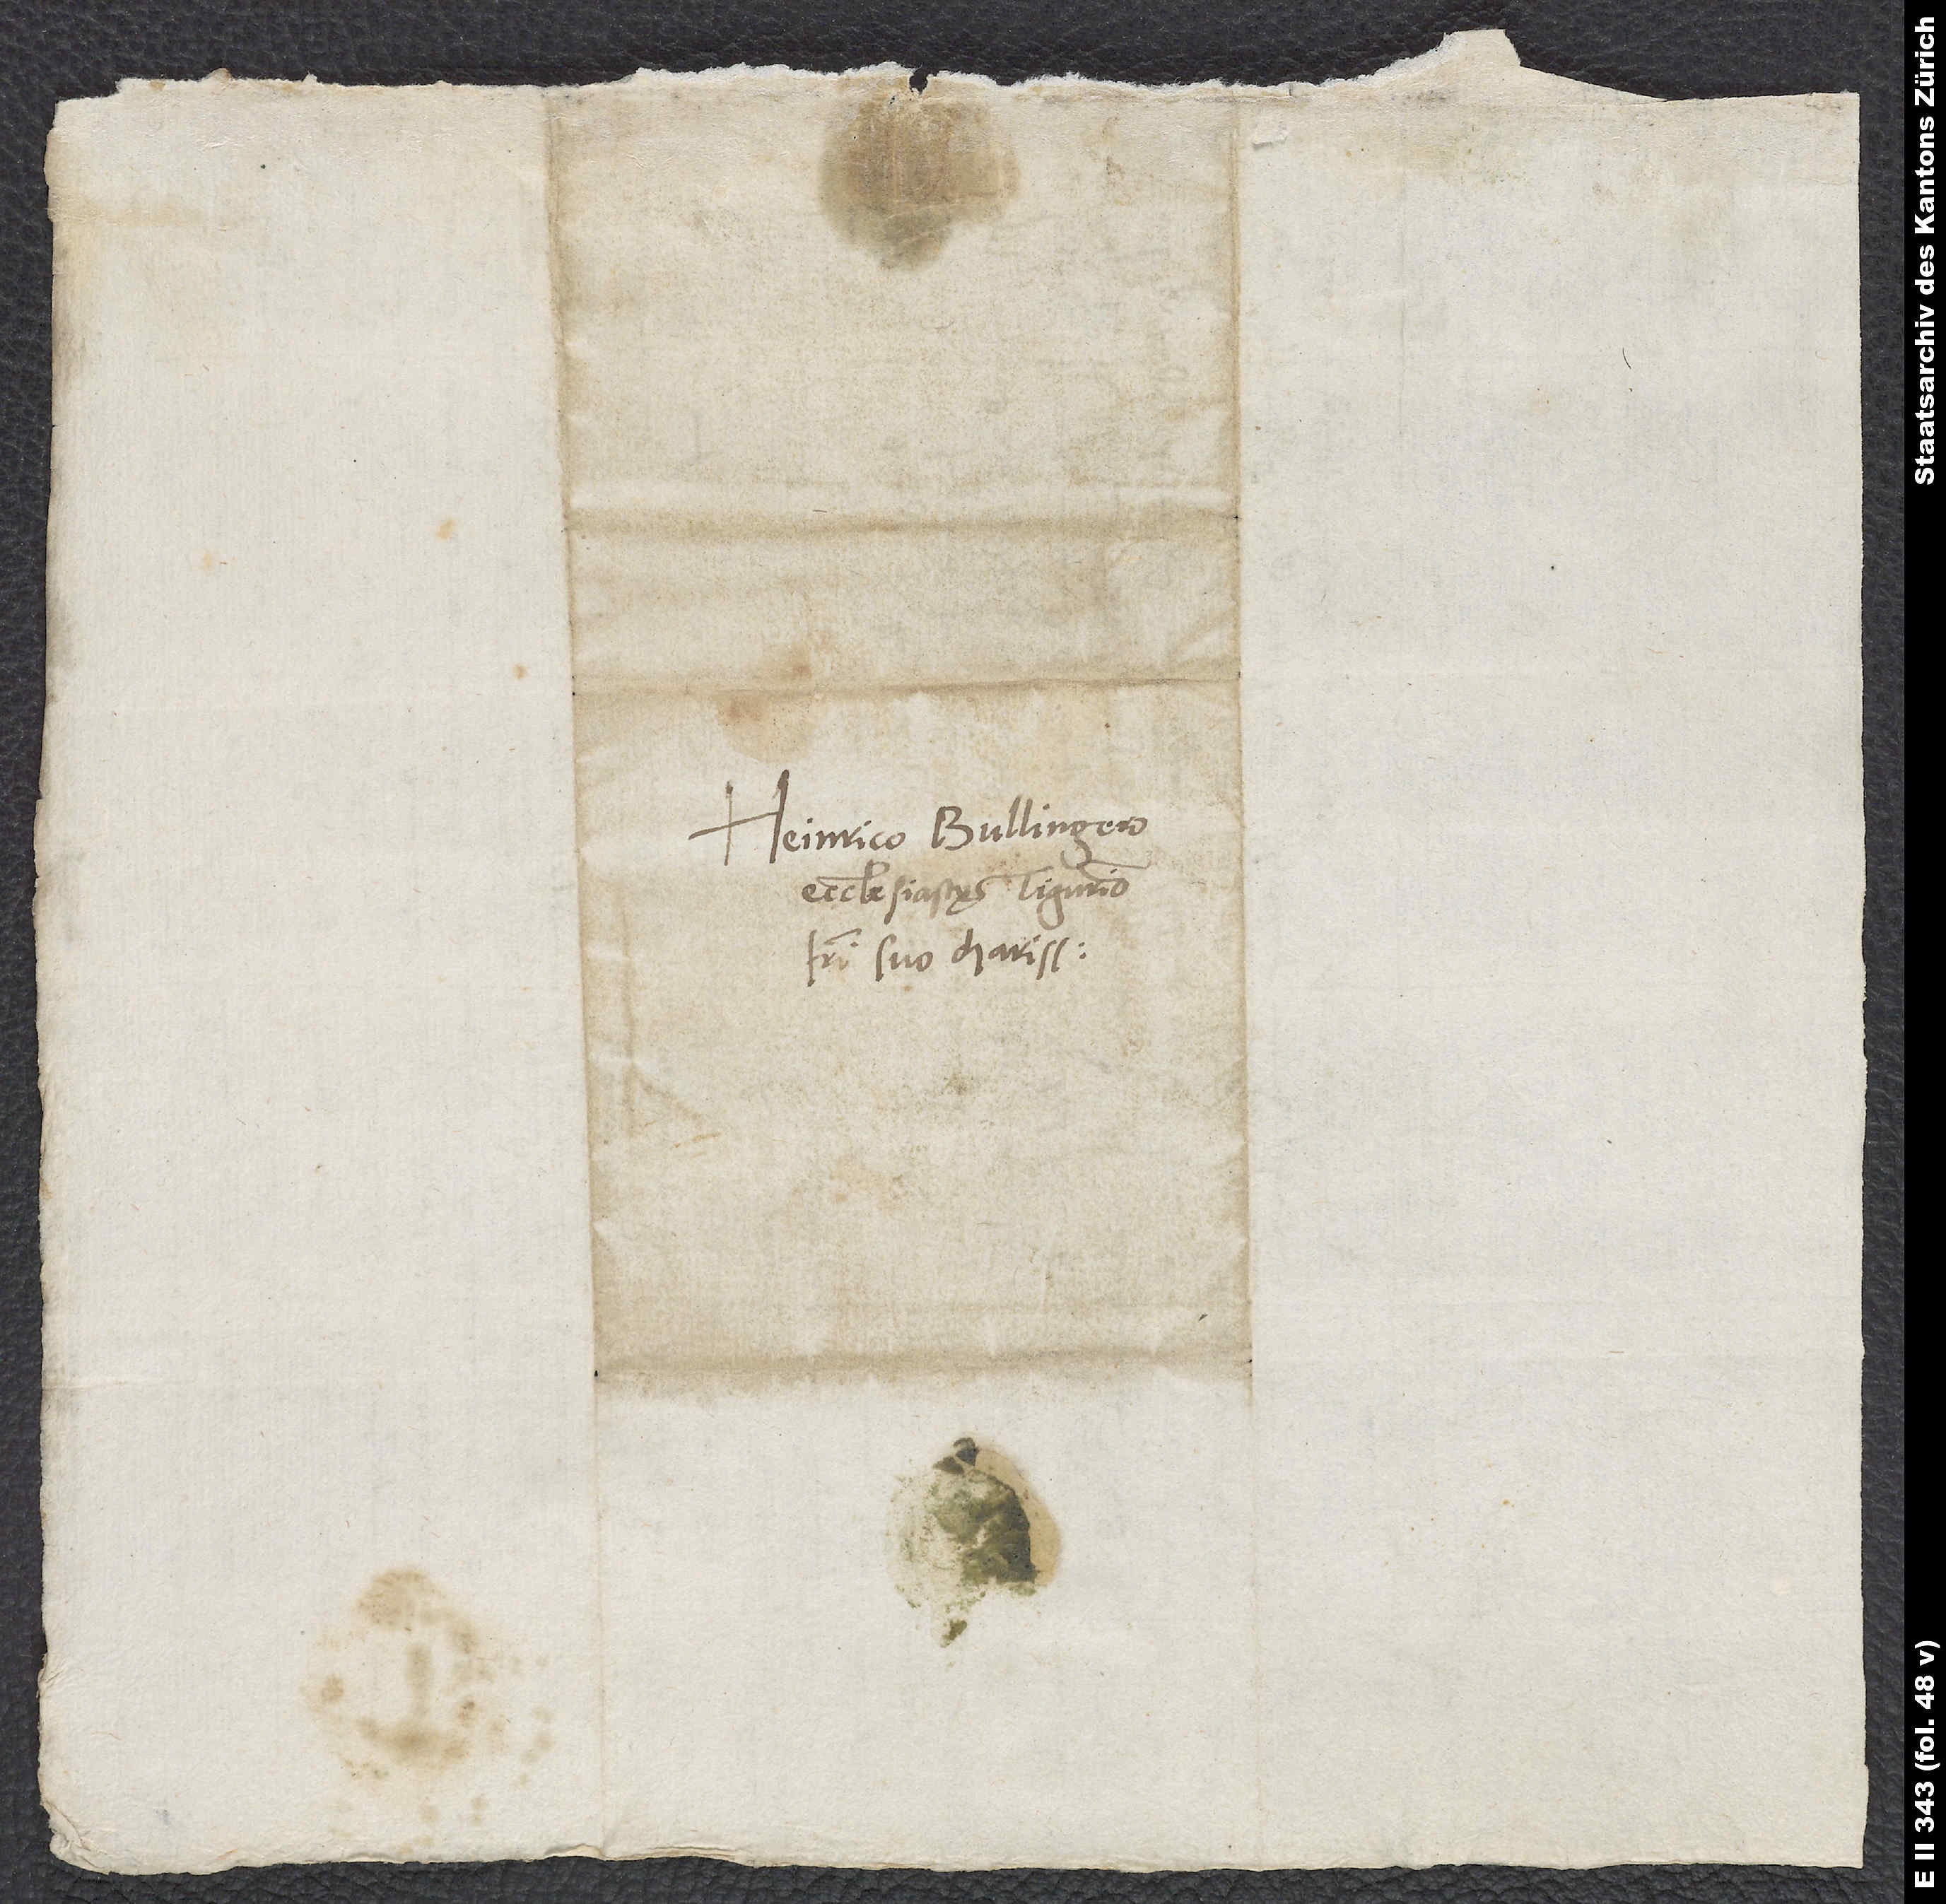
Heinrico Bullingero,
ecclesiastę Tigurino,
fratri suo charissimo.